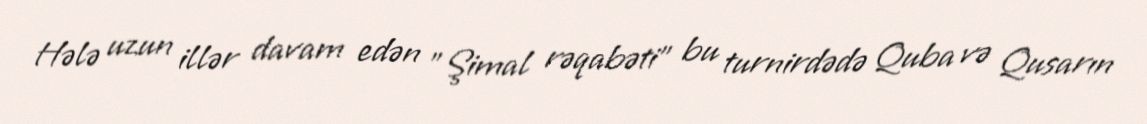
Hələ uzun illər davam edən "Şimal rəqabəti" bu turnirdədə Quba və Qusarın